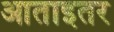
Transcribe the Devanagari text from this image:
आताइतर